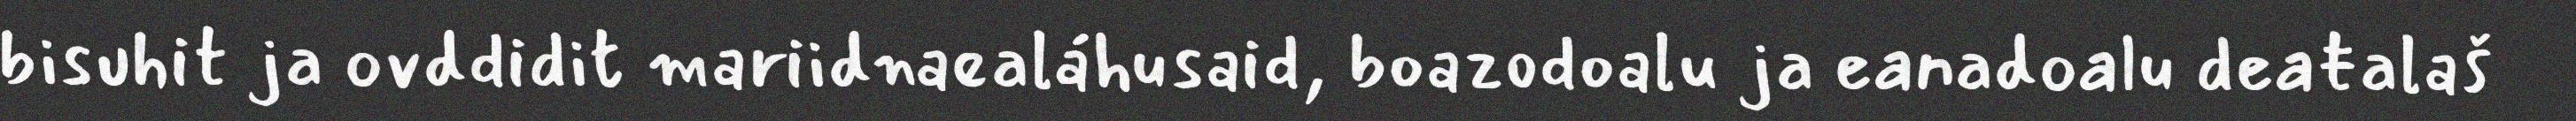
bisuhit ja ovddidit mariidnaealáhusaid, boazodoalu ja eanadoalu deaŧalaš